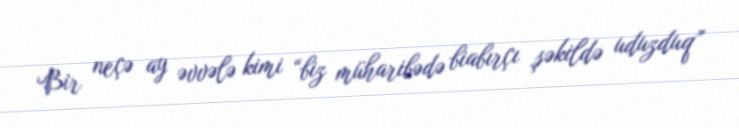
Bir neçə ay əvvələ kimi “biz müharibədə biabırçı şəkildə uduzduq”